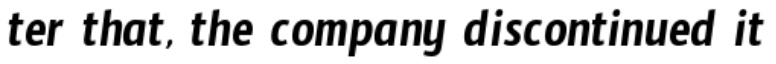
ter that, the company discontinued it